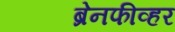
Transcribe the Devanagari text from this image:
ब्रेनफीव्हर